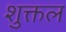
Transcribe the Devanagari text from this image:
शुक्तल